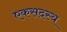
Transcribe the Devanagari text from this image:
एकसदस्य